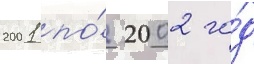
2001 по́ 2002 го́д